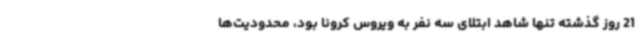
21 روز گذشته تنها شاهد ابتلای سه نفر به ویروس کرونا بود، محدودیت‌ها